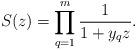
LaTeX: \begin{align*}S(z)=\prod_{q=1}^m\frac1{1+y_qz}.\end{align*}